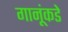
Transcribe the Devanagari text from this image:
गानूंकडे